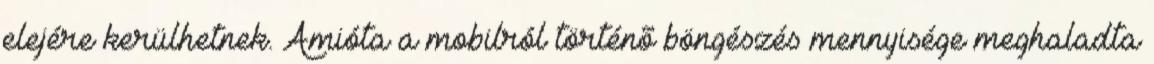
elejére kerülhetnek. Amióta a mobilról történõ böngészés mennyisége meghaladta